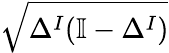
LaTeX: \sqrt{\Delta^{I}(\mathbb{I}-\Delta^{I})}